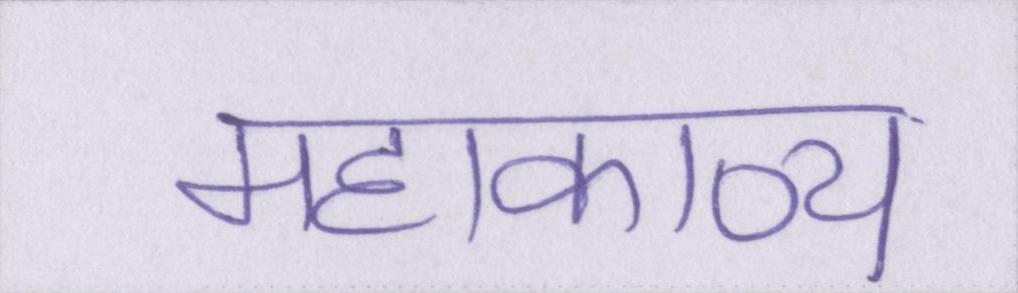
महाकाव्य